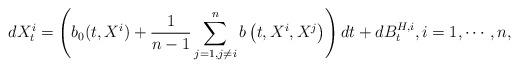
LaTeX: \begin{align*}dX_t^i=\left(b_0(t,X^i)+\frac{1}{n-1}\sum_{j=1,j\neq i}^n b\left(t,X^i,X^j\right)\right)dt+dB^{H,i}_t,i=1,\cdots,n,\end{align*}